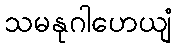
သမနုဂါဟေယျံ